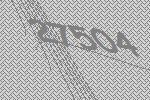
27504